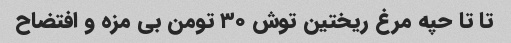
تا تا حپه مرغ ریختین توش ۳۰ تومن بی مزه و افتضاح